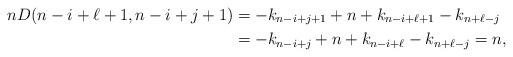
LaTeX: \begin{align*} n D(n-i+\ell+1, n-i+j+1)&= -k_{n-i+j+1}+n+k_{n-i+\ell+1}-k_{n+\ell-j}\\ &=-k_{n-i+j}+n+k_{n-i+\ell}-k_{n+\ell-j}=n,\end{align*}